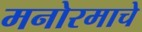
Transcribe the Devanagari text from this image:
मनोरमाचे